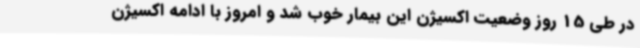
در طی 15 روز وضعیت اکسیژن این بیمار خوب شد و امروز با ادامه اکسیژن